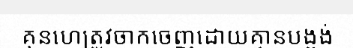
គុនហេត្រូវចាកចេញដោយគ្មានបង្អង់